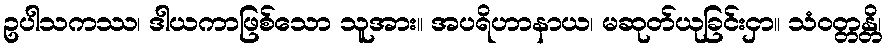
ဥပါသကဿ၊ ဒါယကာဖြစ်သော သူအား။ အပရိဟာနာယ၊ မဆုတ်ယုခြင်းငှာ။ သံဝတ္တန္တိ၊